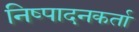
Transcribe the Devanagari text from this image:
निष्‍पादनकर्ता